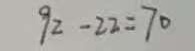
9 2 - 2 2 = 7 0